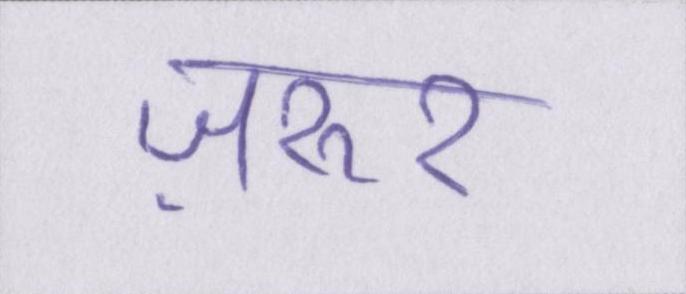
ज़रूर